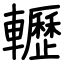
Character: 轣